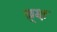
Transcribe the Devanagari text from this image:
ब्र्क्ष